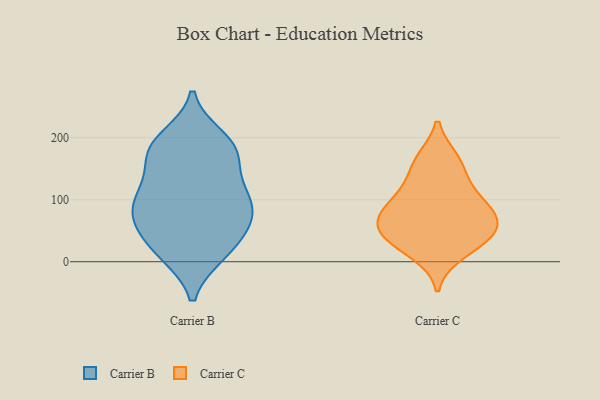
{"axis": {"x": "Revenue (USD Million)", "y": "Value"}, "legend": ["Carrier B", "Carrier C"], "data": [{"x": "", "y": 59, "type": "Carrier B"}, {"x": "", "y": 12, "type": "Carrier B"}, {"x": "", "y": 179, "type": "Carrier B"}, {"x": "", "y": 112, "type": "Carrier B"}, {"x": "", "y": 45, "type": "Carrier B"}, {"x": "", "y": 185, "type": "Carrier B"}, {"x": "", "y": 128, "type": "Carrier B"}, {"x": "", "y": 97, "type": "Carrier B"}, {"x": "", "y": 55, "type": "Carrier B"}, {"x": "", "y": 101, "type": "Carrier B"}, {"x": "", "y": 178, "type": "Carrier B"}, {"x": "", "y": 155, "type": "Carrier B"}, {"x": "", "y": 80, "type": "Carrier B"}, {"x": "", "y": 200, "type": "Carrier B"}, {"x": "", "y": 12, "type": "Carrier B"}, {"x": "", "y": 96, "type": "Carrier B"}, {"x": "", "y": 14, "type": "Carrier B"}, {"x": "", "y": 189, "type": "Carrier B"}, {"x": "", "y": 71, "type": "Carrier B"}, {"x": "", "y": 159, "type": "Carrier C"}, {"x": "", "y": 42, "type": "Carrier C"}, {"x": "", "y": 122, "type": "Carrier C"}, {"x": "", "y": 86, "type": "Carrier C"}, {"x": "", "y": 58, "type": "Carrier C"}, {"x": "", "y": 71, "type": "Carrier C"}, {"x": "", "y": 35, "type": "Carrier C"}, {"x": "", "y": 14, "type": "Carrier C"}, {"x": "", "y": 164, "type": "Carrier C"}, {"x": "", "y": 102, "type": "Carrier C"}, {"x": "", "y": 78, "type": "Carrier C"}, {"x": "", "y": 44, "type": "Carrier C"}]}